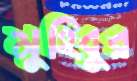
মুহিবুর